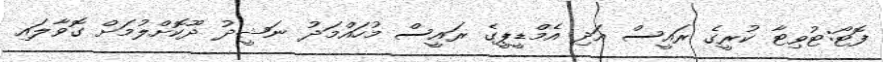
ފޮޓޯ:ޓުވިޓާ ކުރީގެ ރައީސް އަދި އެމްޑީޕީގެ ރައީސް މުހައްމަދު ނަޝީދު ދޫކޮށްލުމަށް ގޮވާލައި